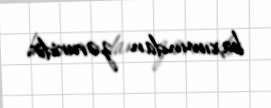
baxımından zəruridir.